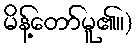
မိန့်တော်မူ၏။)